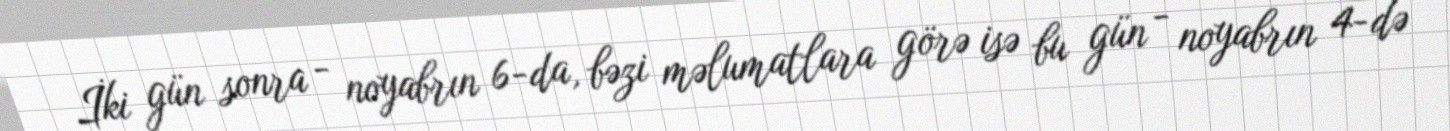
İki gün sonra - noyabrın 6-da, bəzi məlumatlara görə isə bu gün - noyabrın 4-də